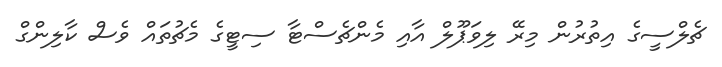
ޗެލްސީގެ އިތުރުން މިރޭ ލިވަޕޫލް އާއި މެންޗެސްޓާ ސިޓީގެ މެޗުތައް ވެސް ކާލިންގް